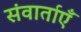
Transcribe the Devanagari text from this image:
संवार्ताएँ